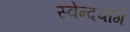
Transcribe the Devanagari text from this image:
स्वेन्दबोर्ग